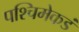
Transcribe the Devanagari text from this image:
पश्‍चिमेकडं